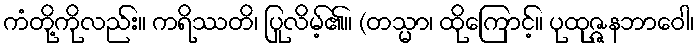
ကံတို့ကိုလည်း။ ကရိဿတိ၊ ပြုလိမ့်၏။ (တသ္မာ၊ ထိုကြောင့်။ ပုထုဇ္ဇနဘာဝေါ၊